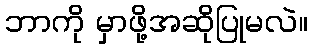
ဘာကို မှာဖို့အဆိုပြုမလဲ။